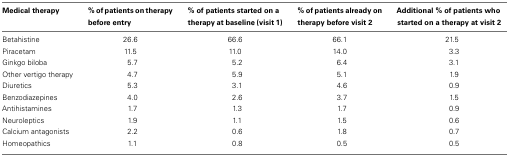
| Medical therapy | % of patients on therapy before entry | % of patients started on a therapy at baseline (visit 1) | % of patients already on therapy before visit 2 | Additional % of patients who started on a therapy at visit 2 |
 | --- | --- | --- | --- | --- |
 | Betahistine | 26.6 | 66.6 | 66.1 | 21.5 |
 | Piracetam | 11.5 | 11.0 | 14.0 | 3.3 |
 | Ginkgo biloba | 5.7 | 5.2 | 6.4 | 3.1 |
 | Other vertigo therapy | 4.7 | 5.9 | 5.1 | 1.9 |
 | Diuretics | 5.3 | 3.1 | 4.6 | 0.9 |
 | Benzodiazepines | 4.0 | 2.6 | 3.7 | 1.5 |
 | Antihistamines | 1.7 | 1.3 | 1.7 | 0.9 |
 | Neuroleptics | 1.9 | 1.1 | 1.5 | 0.6 |
 | Calcium antagonists | 2.2 | 0.6 | 1.8 | 0.7 |
 | Homeopathics | 1.1 | 0.8 | 0.5 | 0.5 |